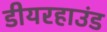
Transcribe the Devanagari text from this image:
डीयरहाउंड